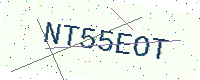
Text: NT55EOT